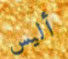
أليس